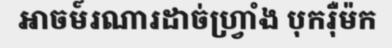
អាចម៍រណារដាច់ហ្វ្រាំង បុករ៉ឺម៉ក